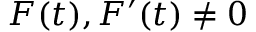
F ( t ) , F ^ { \prime } ( t ) \neq 0